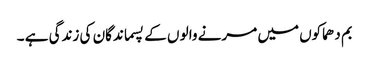
بم دھماکوں میں مرنے والو ں کے پسماندگان کی زندگی ہے ۔